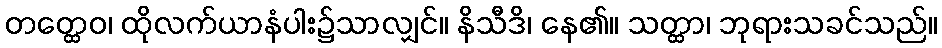
တတ္ထေဝ၊ ထိုလက်ယာနံပါး၌သာလျှင်။ နိသီဒိ၊ နေ၏။ သတ္ထာ၊ ဘုရားသခင်သည်။